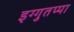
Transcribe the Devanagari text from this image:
इग्गुतप्पा